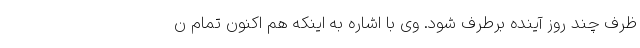
ظرف چند روز آینده برطرف شود. وی با اشاره به اینکه هم اکنون تمام ن